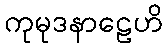
ကုမုဒနာဠေဟိ